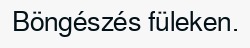
Böngészés füleken.